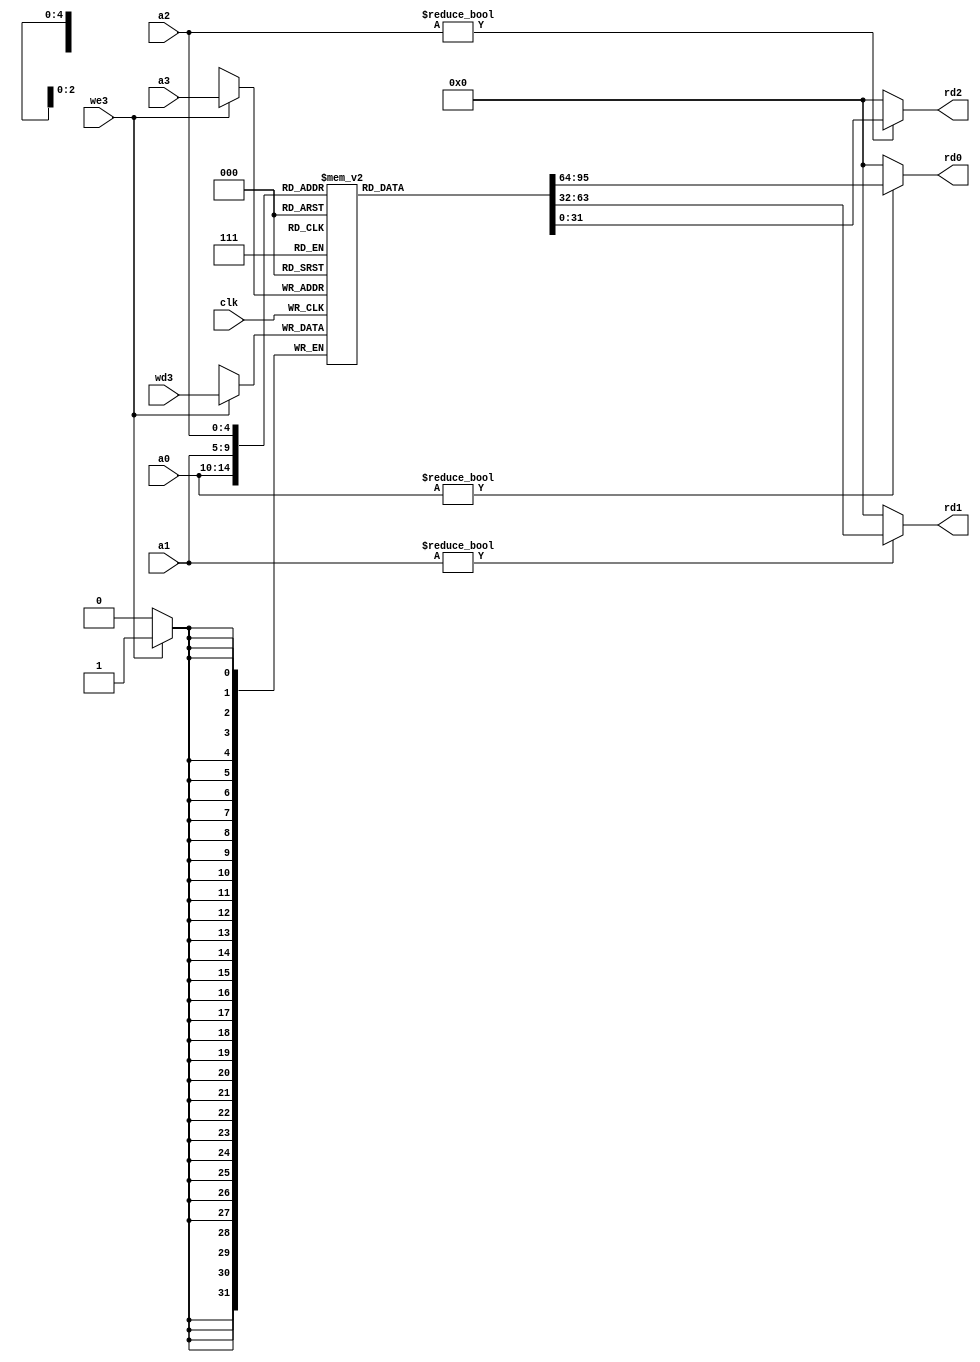
module sm_register_file
(
    input         clk,
    input  [ 4:0] a0,
    input  [ 4:0] a1,
    input  [ 4:0] a2,
    input  [ 4:0] a3,
    output [31:0] rd0,
    output [31:0] rd1,
    output [31:0] rd2,
    input  [31:0] wd3,
    input         we3
);
    reg [31:0] rf [31:0];
    assign rd0 = (a0 != 0) ? rf [a0] : 32'b0;
    assign rd1 = (a1 != 0) ? rf [a1] : 32'b0;
    assign rd2 = (a2 != 0) ? rf [a2] : 32'b0;
    always @ (posedge clk)
        if(we3) rf [a3] <= wd3;
endmodule